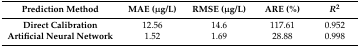
<table><thead><tr><td><b>Prediction Method</b></td><td><b>MAE (μg/L)</b></td><td><b>RMSE (μg/L)</b></td><td><b>ARE (%)</b></td><td><b><i>R</i><sup>2</sup></b></td></tr></thead><tbody><tr><td><b>Direct Calibration</b></td><td>12.56</td><td>14.6</td><td>117.61</td><td>0.952</td></tr><tr><td><b>Artificial Neural Network</b></td><td>1.52</td><td>1.69</td><td>28.88</td><td>0.998</td></tr></tbody></table>